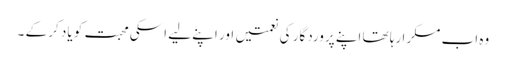
وہ اب مسکرا رہا تھا اپنے پروردگار کی نعمتیں اور اپنے لیے اسکی محبت کو یاد کر کے ۔